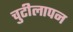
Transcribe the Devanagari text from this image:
चुटीलापन